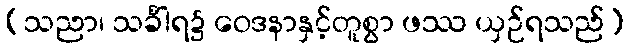
(သညာ၊ သင်္ခါရ၌ ဝေဒနာနှင့်တူစွာ ဖဿ ယှဉ်ရသည်)